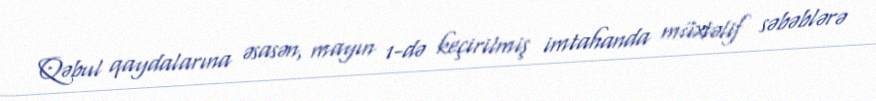
Qəbul qaydalarına əsasən, mayın 1-də keçirilmiş imtahanda müxtəlif səbəblərə